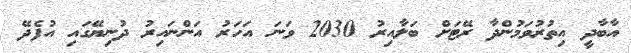
އާބާދީ އިތުރުވަމުންދާ ރޭޓަށް ބަލާއިރު 2030 ވަނަ އަހަރު އަންނައިރު ދުނިޔޭގައި އުފެދޭ